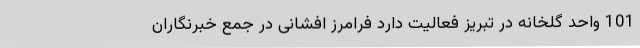
101 واحد گلخانه در تبریز فعالیت دارد فرامرز افشانی در جمع خبرنگاران